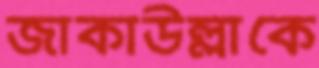
জাকাউল্লাকে